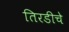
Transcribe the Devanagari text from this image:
तिरडीचे